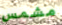
مشمس